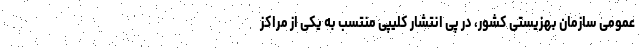
عمومی سازمان بهزیستی کشور، در پی انتشار کلیپی منتسب به یکی از مراکز